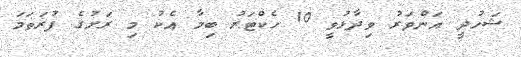
ޝަހުދީ އަންވަރު ވިދާޅުވީ 10 ހެކްޓަރު ބިމާ އެކު މި ރަށުގެ ފުރަތަމަ